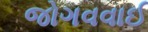
જોગવવાઈ